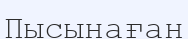
Пысынаған